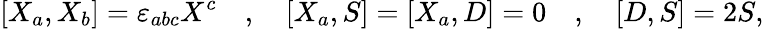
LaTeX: [X_{a},X_{b}]=\varepsilon_{abc}X^{c}\quad,\quad{[}X_{a},S{]}={[}X_{a},D{]}=0\quad,\quad{[}D,S{]}=2S,